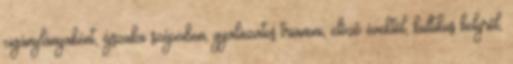
cigánylányaként, éjszaka szépeiben, gyalázatos trianoni, előző évektől, kultikus helyről,